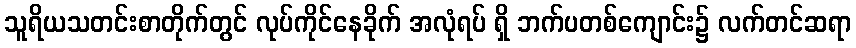
သူရိယသတင်းစာတိုက်တွင် လုပ်ကိုင်နေခိုက် အလုံရပ် ရှိ ဘက်ပတစ်ကျောင်း၌ လက်တင်ဆရာ